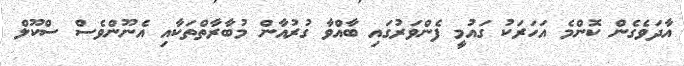
އާދަވެގެން ކޮންމެ އަހަރަކު ގައުމީ ފެންވަރުގައި ބާއްވާ ގުރުއާން މުބާރާތްތަކާއި އެނޫންވެސް ސްކޫލް